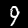
Digit: 9